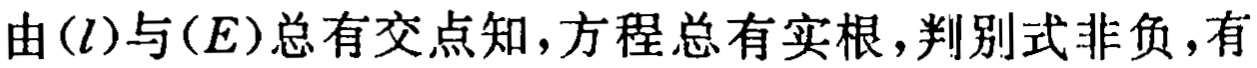
由\((l)\)与\((E)\)总有交点知，方程总有实根，判别式非负，有